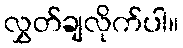
လွှတ်ချလိုက်ပါ။